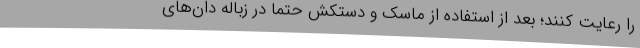
را رعایت کنند؛ بعد از استفاده از ماسک و دستکش حتما در زباله دان‌های